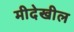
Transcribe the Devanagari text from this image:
मीदेखील